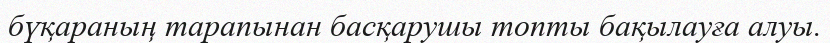
бүқараның тарапынан басқарушы топты бақылауға алуы.